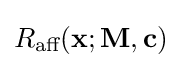
R_{\text{aff}}(\mathbf {x} ;\mathbf {M} ,\mathbf {c} )